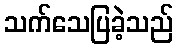
သက်သေပြခဲ့သည်